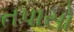
તપાસો